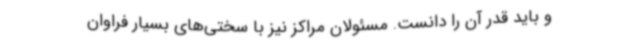
و باید قدر آن را دانست. مسئولان مراکز نیز با سختی‌های بسیار فراوان